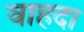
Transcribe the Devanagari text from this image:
वाहदा